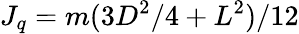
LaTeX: J_{q}=m(3D^{2}/4+L^{2})/12